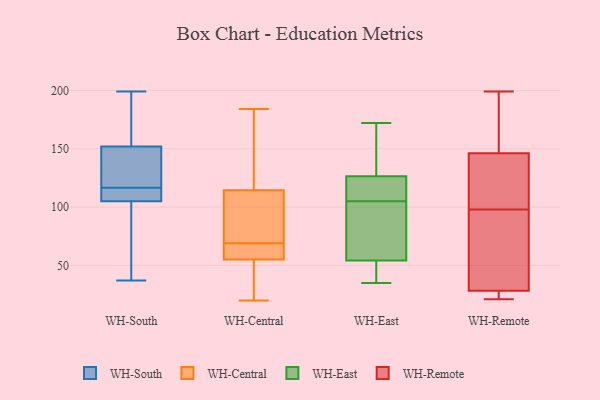
{"axis": {"x": "Production Output", "y": "Value"}, "legend": ["WH-Central", "WH-East", "WH-Remote", "WH-South"], "data": [{"x": "", "y": 169, "type": "WH-South"}, {"x": "", "y": 111, "type": "WH-South"}, {"x": "", "y": 37, "type": "WH-South"}, {"x": "", "y": 199, "type": "WH-South"}, {"x": "", "y": 130, "type": "WH-South"}, {"x": "", "y": 105, "type": "WH-South"}, {"x": "", "y": 122, "type": "WH-South"}, {"x": "", "y": 152, "type": "WH-South"}, {"x": "", "y": 107, "type": "WH-South"}, {"x": "", "y": 63, "type": "WH-South"}, {"x": "", "y": 55, "type": "WH-Central"}, {"x": "", "y": 62, "type": "WH-Central"}, {"x": "", "y": 134, "type": "WH-Central"}, {"x": "", "y": 20, "type": "WH-Central"}, {"x": "", "y": 55, "type": "WH-Central"}, {"x": "", "y": 71, "type": "WH-Central"}, {"x": "", "y": 95, "type": "WH-Central"}, {"x": "", "y": 175, "type": "WH-Central"}, {"x": "", "y": 30, "type": "WH-Central"}, {"x": "", "y": 75, "type": "WH-Central"}, {"x": "", "y": 184, "type": "WH-Central"}, {"x": "", "y": 67, "type": "WH-Central"}, {"x": "", "y": 35, "type": "WH-East"}, {"x": "", "y": 44, "type": "WH-East"}, {"x": "", "y": 105, "type": "WH-East"}, {"x": "", "y": 95, "type": "WH-East"}, {"x": "", "y": 128, "type": "WH-East"}, {"x": "", "y": 159, "type": "WH-East"}, {"x": "", "y": 120, "type": "WH-East"}, {"x": "", "y": 122, "type": "WH-East"}, {"x": "", "y": 172, "type": "WH-East"}, {"x": "", "y": 43, "type": "WH-East"}, {"x": "", "y": 85, "type": "WH-East"}, {"x": "", "y": 73, "type": "WH-Remote"}, {"x": "", "y": 129, "type": "WH-Remote"}, {"x": "", "y": 199, "type": "WH-Remote"}, {"x": "", "y": 21, "type": "WH-Remote"}, {"x": "", "y": 24, "type": "WH-Remote"}, {"x": "", "y": 24, "type": "WH-Remote"}, {"x": "", "y": 164, "type": "WH-Remote"}, {"x": "", "y": 98, "type": "WH-Remote"}, {"x": "", "y": 41, "type": "WH-Remote"}, {"x": "", "y": 152, "type": "WH-Remote"}, {"x": "", "y": 115, "type": "WH-Remote"}]}